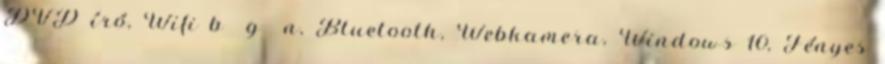
DVD író, Wifi b g n, Bluetooth, Webkamera, Windows 10, Fényes